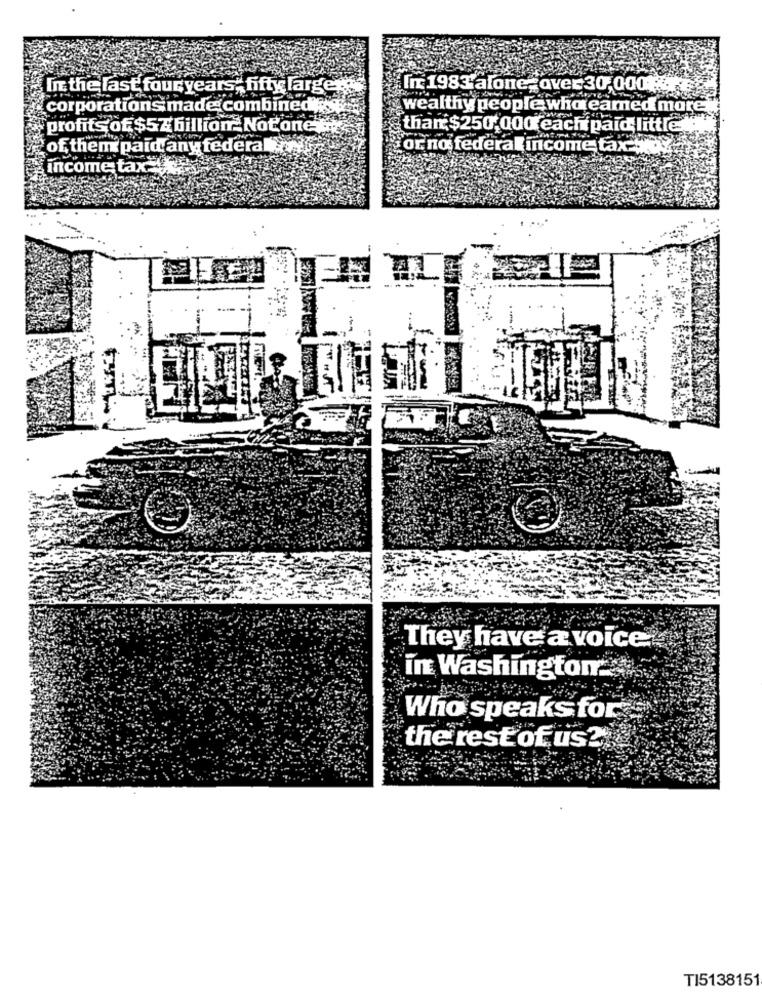
In the last four years, fifty large
In 1983'alone, over30,000
corporations made combinedos
wealthy people who eamed more
profits of $57 billion Notanet
than $250,000 each paid little ..
of them paid any federal
or no federal income tax-
income tax
They have a voice
in Washington
Who speaks for
the rest of us?
TI5138151